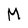
Character: M